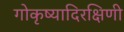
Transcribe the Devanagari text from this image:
गोकृष्यादिरक्षिणी